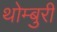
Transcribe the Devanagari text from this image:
थोम्बुरी